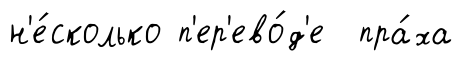
н'е́сколько п'ер'ево́д'е пра́ха